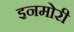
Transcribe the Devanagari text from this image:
इनमोरी